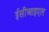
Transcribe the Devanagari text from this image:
ईसीआइएल